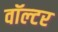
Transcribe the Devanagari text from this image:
वॉल्‍टर